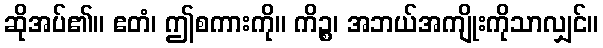
ဆိုအပ်၏။ ဧတံ၊ ဤစကားကို။ ကိဉ္စ၊ အဘယ်အကျိုးကိုသာလျှင်။